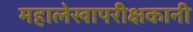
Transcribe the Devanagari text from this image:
महालेखापरीक्षकानी